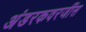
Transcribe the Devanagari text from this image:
अंडरकवरजींस